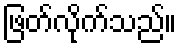
ဖြတ်လိုက်သည်။